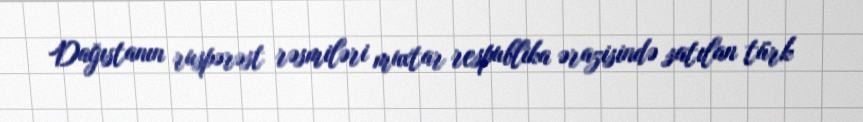
Dağıstanın ruspərəst rəsmiləri muxtar respublika ərazisində satılan türk